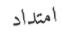
امتداد